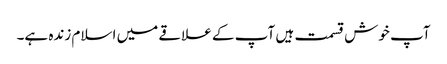
آپ خوش قسمت ہیں آپ کے علاقے میں اسلام زندہ ہے۔